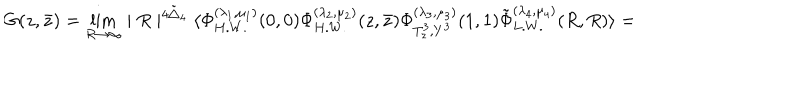
G ( z , \bar { z } ) = \lim _ { R \rightarrow \infty } \mid { R } \mid ^ { 4 \tilde { \bigtriangleup } _ { 4 } } \langle \Phi _ { H . W . } ^ { ( \lambda _ { 1 } , \mu _ { 1 } ) } ( 0 , 0 ) \Phi _ { H . W . } ^ { ( \lambda _ { 2 } , \mu _ { 2 } ) } ( z , \bar { z } ) \Phi _ { T _ { z } ^ { 3 } , Y ^ { 3 } } ^ { ( \lambda _ { 3 } , \mu _ { 3 } ) } ( 1 , 1 ) \tilde { \Phi } _ { L . W . } ^ { ( \lambda _ { 4 } , \mu _ { 4 } ) } ( R , R ) \rangle =